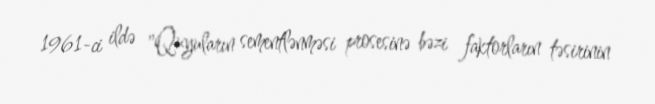
1961-ci ildə "Quyuların sementlənməsi prosesinə bəzi faktorların təsirinin